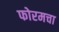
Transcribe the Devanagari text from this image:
फोरमचा